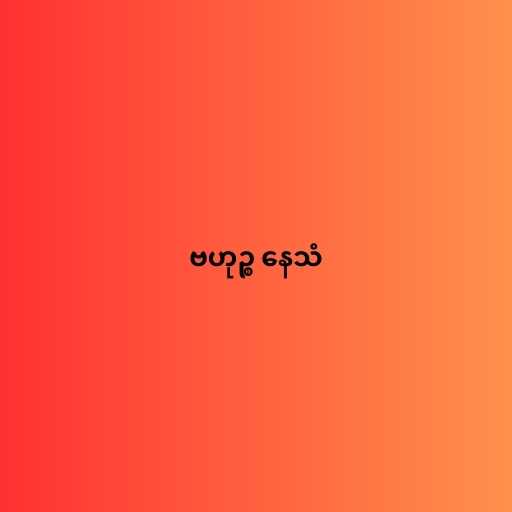
ဗဟုဉ္စ နေသံ